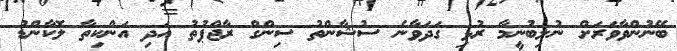
ބޭނުންވާވަރަށް ނުލިބުނީމާ ރުޅި ގަދަވާނެ ސުޝާންތު ސިންގް ރާޖްޕުތު އަދި އަންކިތާ ލޮކާންޑު